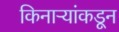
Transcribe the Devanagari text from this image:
किनाऱ्यांकडून